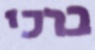
ברכי